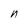
Character: n